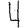
Digit: 4